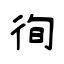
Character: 徇